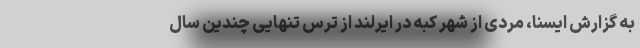
به گزارش ایسنا، مردی از شهر کبه در ایرلند از ترس تنهایی چندین سال